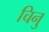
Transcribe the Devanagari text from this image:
चिनु